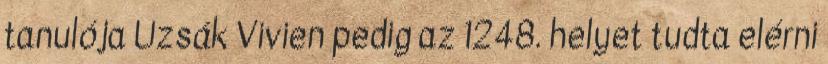
tanulója Uzsák Vivien pedig az 1248. helyet tudta elérni